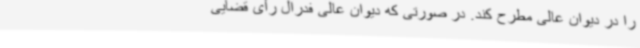
را در دیوان عالی مطرح کند. در صورتی که دیوان عالی فدرال رأی قضایی